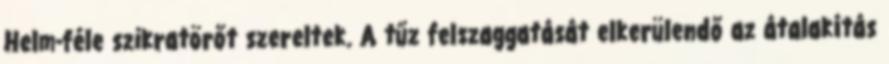
Helm-féle szikratörőt szereltek. A tűz felszaggatását elkerülendő az átalakítás